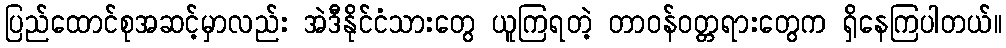
ပြည်ထောင်စုအဆင့်မှာလည်း အဲဒီနိုင်ငံသားတွေ ယူကြရတဲ့ တာဝန်ဝတ္တရားတွေက ရှိနေကြပါတယ်။